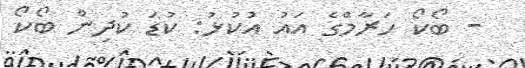
- ބޯކޯ ހަރާމްގެ އައު އުކުޅު: ކުޑަ ކުދިން ބޯކޯ